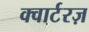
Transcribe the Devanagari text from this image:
क्वार्टरज़